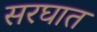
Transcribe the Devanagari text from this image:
सरघात